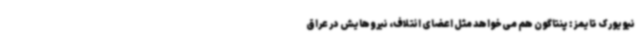
نیویورک تایمز: پنتاگون هم می‌خواهد مثل اعضای ائتلاف، نیروهایش در عراق